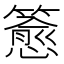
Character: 𬕷